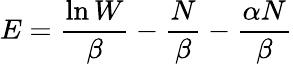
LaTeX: E={\frac{\ln W}{\beta}}-{\frac{N}{\beta}}-{\frac{\alpha N}{\beta}}